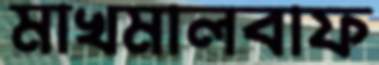
মাখমালবাফ